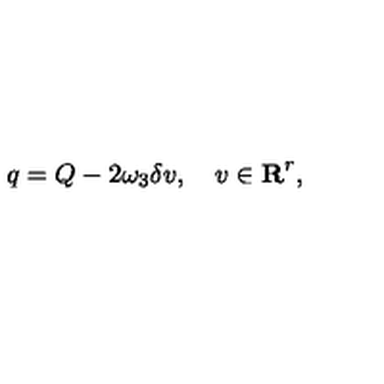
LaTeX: q = Q - 2 \omega _ { 3 } \delta v , \quad v \in { \bf R } ^ { r } ,